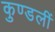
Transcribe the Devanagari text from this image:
कुण्डलीं